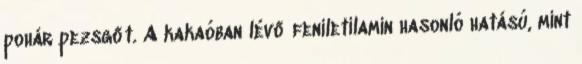
pohár pezsgőt. A kakaóban lévő feniletilamin hasonló hatású, mint